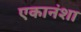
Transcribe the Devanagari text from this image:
एकानंशा